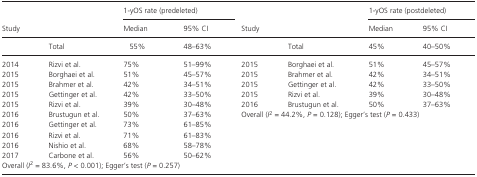
<table><thead><tr><td rowspan="2" colspan="2"><b>Study</b></td><td colspan="2"><b>1‐yOS rate (predeleted)</b></td><td rowspan="2" colspan="2"><b>Study</b></td><td colspan="2"><b>1‐yOS rate (postdeleted)</b></td></tr><tr><td><b>Median</b></td><td><b>95% CI</b></td><td><b>Median</b></td><td><b>95% CI</b></td></tr><tr><td></td><td><b>Total</b></td><td><b>55%</b></td><td><b>48–63%</b></td><td></td><td><b>Total</b></td><td><b>45%</b></td><td><b>40–50%</b></td></tr></thead><tbody><tr><td>2014</td><td>Rizvi et al.</td><td>75%</td><td>51–99%</td><td>2015</td><td>Borghaei et al.</td><td>51%</td><td>45–57%</td></tr><tr><td>2015</td><td>Borghaei et al.</td><td>51%</td><td>45–57%</td><td>2015</td><td>Brahmer et al.</td><td>42%</td><td>34–51%</td></tr><tr><td>2015</td><td>Brahmer et al.</td><td>42%</td><td>34–51%</td><td>2015</td><td>Gettinger et al.</td><td>42%</td><td>33–50%</td></tr><tr><td>2015</td><td>Gettinger et al.</td><td>42%</td><td>33–50%</td><td>2015</td><td>Rizvi et al.</td><td>39%</td><td>30–48%</td></tr><tr><td>2015</td><td>Rizvi et al.</td><td>39%</td><td>30–48%</td><td>2016</td><td>Brustugun et al.</td><td>50%</td><td>37–63%</td></tr><tr><td>2016</td><td>Brustugun et al.</td><td>50%</td><td>37–63%</td><td colspan="4">Overall (<i>I</i><sup>2</sup> = 44.2%, <i>P </i>=<i> </i>0.128); Egger&#x27;s test (<i>P </i>=<i> </i>0.433)</td></tr><tr><td>2016</td><td>Gettinger et al.</td><td>73%</td><td>61–85%</td><td></td><td></td><td></td><td></td></tr><tr><td>2016</td><td>Rizvi et al.</td><td>71%</td><td>61–83%</td><td></td><td></td><td></td><td></td></tr><tr><td>2016</td><td>Nishio et al.</td><td>68%</td><td>58–78%</td><td></td><td></td><td></td><td></td></tr><tr><td>2017</td><td>Carbone et al.</td><td>56%</td><td>50–62%</td><td></td><td></td><td></td><td></td></tr><tr><td colspan="4">Overall (<i>I</i><sup>2</sup> = 83.6%, <i>P </i>&lt;<i> </i>0.001); Egger&#x27;s test (<i>P </i>=<i> </i>0.257)</td><td></td><td></td><td></td><td></td></tr></tbody></table>